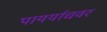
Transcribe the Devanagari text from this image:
पायर्याचवर